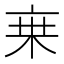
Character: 𬽌